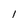
Character: l